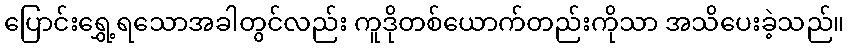
ပြောင်းရွှေ့ရသောအခါတွင်လည်း ကူဒိုတစ်ယောက်တည်းကိုသာ အသိပေးခဲ့သည်။